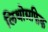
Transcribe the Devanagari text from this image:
लिथोग्रफिक